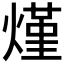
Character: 𰟐